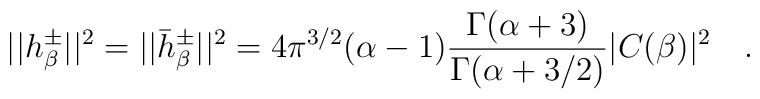
||h_\beta^{\pm}||^2=||\bar{h}_\beta^{\pm}||^2=4\pi^{3/2}(\alpha-1){\Gamma(\alpha+3) \over \Gamma(\alpha+3/2)}|C(\beta)|^2~~~.